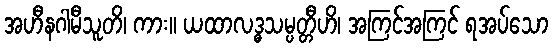
အဟီနဂါမီသူတိ၊ ကား။ ယထာလဒ္ဓသမ္ပတ္တီဟိ၊ အကြင်အကြင် ရအပ်သော